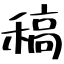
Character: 稿